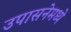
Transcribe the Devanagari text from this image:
उपासनेमध्ये